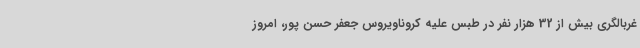
غربالگری بیش از 32 هزار نفر در طبس علیه کروناویروس جعفر حسن پور، امروز